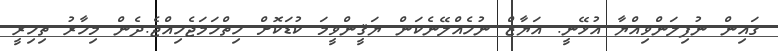
ގައިން ނުފިލަންވިއްޔާ އުޅޭނީ. އަޔާޒް ނުހެއްލޭނެކަން ޔަޤީންވީމަ ކުޑަކޮށް ހިތްހަމަޖެހިއްޖެ.ދެން މިހާރު ތިހިރީ